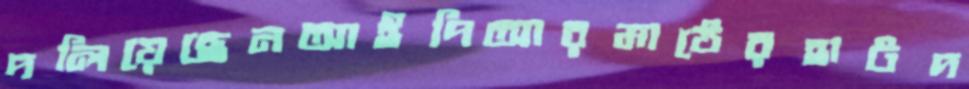
দলিয়েছেনআইপিআরমাঠেরহাটদ